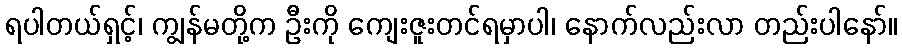
ရပါတယ်ရှင့်၊ ကျွန်မတို့က ဦးကို ကျေးဇူးတင်ရမှာပါ၊ နောက်လည်းလာ တည်းပါနော်။